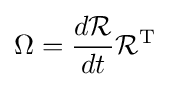
\Omega ={\frac {d{\mathcal {R}}}{dt}}{\mathcal {R}}^{\text{T}}